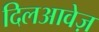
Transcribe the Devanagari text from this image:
दिलआवेज़